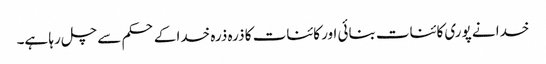
خدا نے پوری کائنات بنائی اور کائنات کا ذرہ ذرہ خدا کے حکم سے چل رہا ہے۔